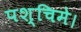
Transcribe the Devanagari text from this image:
पश्चिमे।